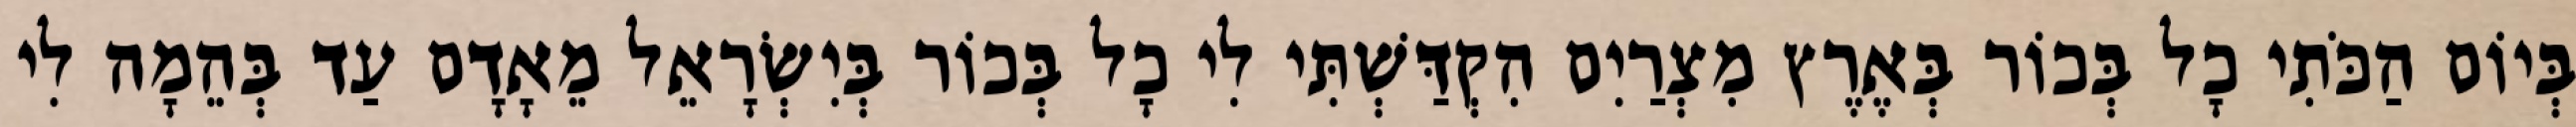
בְּיוֹם הַכֹּתִי כָל בְּכוֹר בְּאֶרֶץ מִצְרַיִם הִקְדַּשְׁתִּי לִי כָל בְּכוֹר בְּיִשְׂרָאֵל מֵאָדָם עַד בְּהֵמָה לִי